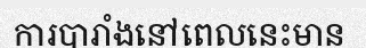
ការបារាំងនៅពេលនេះមាន